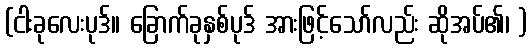
(ငါးခုလေးပုဒ်။ ခြောက်ခုနှစ်ပုဒ် အားဖြင့်သော်လည်း ဆိုအပ်၏၊ )